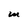
Character: M